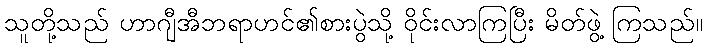
သူတို့သည် ဟာဂျီအီဘရာဟင်၏စားပွဲသို့ ဝိုင်းလာကြပြီး မိတ်ဖွဲ့ ကြသည်။